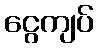
ငွေကျပ်